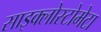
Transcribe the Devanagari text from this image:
साइक्लोस्टोमेटा